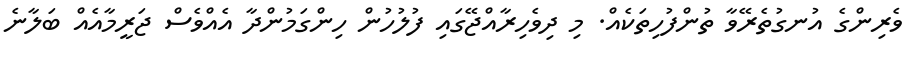
ވެރިންގެ އުނގުތެރޭވާ ތުންފުހިތަކެއް. މި ދިވެހިރާއްޖޭގައި ފުލުހުން ހިންގަމުންދާ އެއްވެސް ޖަރީމާއެއް ބަލާނެ